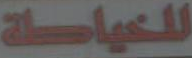
للخياطة